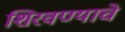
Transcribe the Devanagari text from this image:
शिरवण्याचे